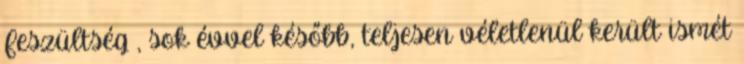
Feszültség , sok évvel később, teljesen véletlenül került ismét